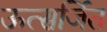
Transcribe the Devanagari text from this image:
ऊत्सर्जित